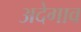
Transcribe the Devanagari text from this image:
अदेगाव